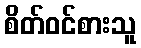
စိတ်ဝင်စားသူ